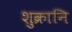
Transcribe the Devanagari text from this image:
शुक्रानि